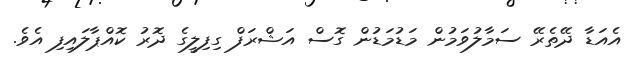
އެއަޑާ ދޭތެރޭ ސަމާލުވަމުން މަޑުމަޑުން ގޮސް އަޝްރަފް ގިފިލީގެ ދޮރު ކޮއްޕާލައިފި އެވެ.